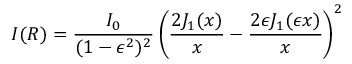
I ( R ) = { \frac { I _ { 0 } } { ( 1 - \epsilon ^ { 2 } ) ^ { 2 } } } \left( { \frac { 2 J _ { 1 } ( x ) } { x } } - { \frac { 2 \epsilon J _ { 1 } ( \epsilon x ) } { x } } \right) ^ { 2 }